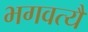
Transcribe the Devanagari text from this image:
भगवत्यै